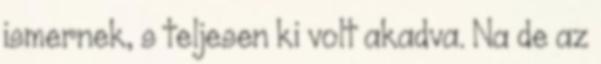
ismernek, s teljesen ki volt akadva. Na de az